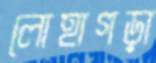
লোহাগড়া